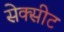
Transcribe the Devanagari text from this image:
सेक्सीट